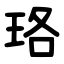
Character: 珞